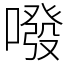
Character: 㗶